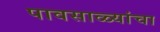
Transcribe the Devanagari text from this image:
पावसाळ्यांचा